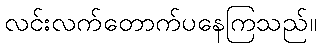
လင်းလက်တောက်ပနေကြသည်။